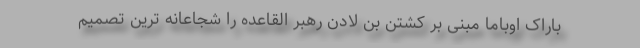
باراک اوباما مبنی بر کشتن بن لادن رهبر القاعده را شجاعانه ترین تصمیم